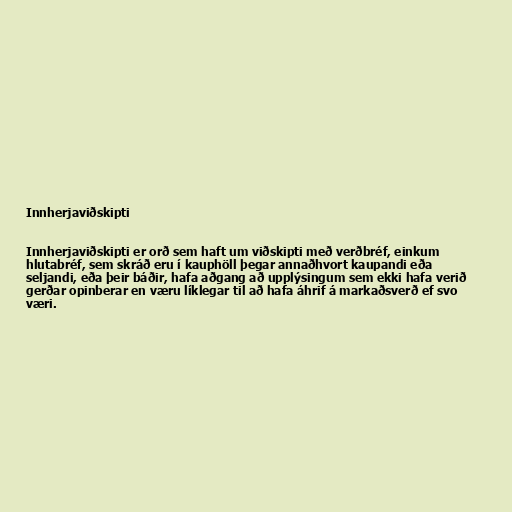
Innherjaviðskipti

Innherjaviðskipti er orð sem haft um viðskipti með verðbréf, einkum
hlutabréf, sem skráð eru í kauphöll þegar annaðhvort kaupandi eða
seljandi, eða þeir báðir, hafa aðgang að upplýsingum sem ekki hafa verið
gerðar opinberar en væru líklegar til að hafa áhrif á markaðsverð ef svo
væri.